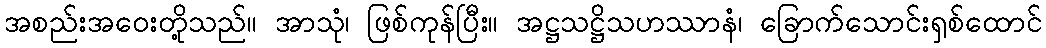
အစည်းအဝေးတို့သည်။ အာသုံ၊ ဖြစ်ကုန်ပြီး။ အဋ္ဌသဋ္ဌိသဟဿာနံ၊ ခြောက်သောင်းရှစ်ထောင်